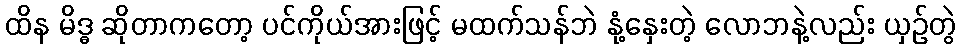
ထိန မိဒ္ဓ ဆိုတာကတော့ ပင်ကိုယ်အားဖြင့် မထက်သန်ဘဲ နုံ့နှေးတဲ့ လောဘနဲ့လည်း ယှဉ်တွဲ